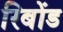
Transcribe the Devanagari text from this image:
रिबोंड